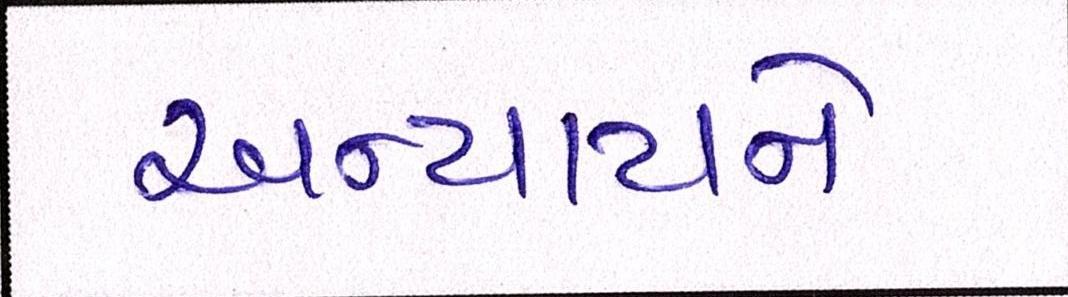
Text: અન્યાયને